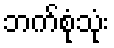
ဘက်စုံသုံး